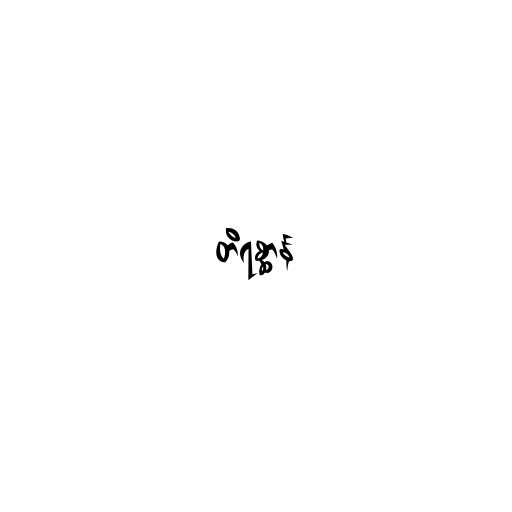
တိရစ္ဆာန်